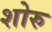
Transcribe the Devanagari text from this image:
शोरु